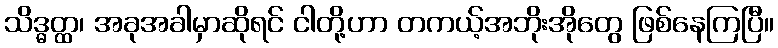
သိဒ္ဓတ္ထ၊ အခုအခါမှာဆိုရင် ငါတို့ဟာ တကယ့်အဘိုးအိုတွေ ဖြစ်နေကြပြီ။